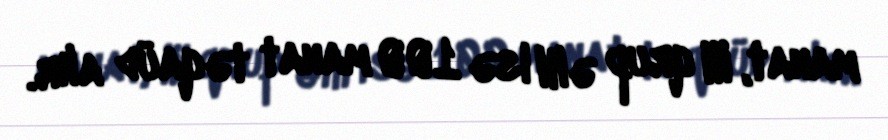
manat, III qrup əlil isə 100 manat təqaüd alır.